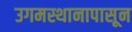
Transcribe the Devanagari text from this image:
उगमस्थानापासून